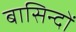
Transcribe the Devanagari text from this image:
बासिन्दों